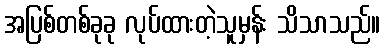
အပြစ်တစ်ခုခု လုပ်ထားတဲ့သူမှန်း သိသာသည်။